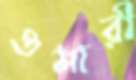
ওমারী